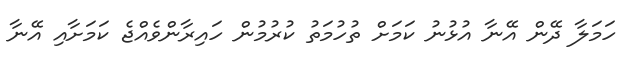
ހަމަލާ ދޭން އޭނާ އުޅުނު ކަމަށް ތުހުމަތު ކުރުމުން ހައިރާންވެއްޖެ ކަމަށާއި އޭނާ